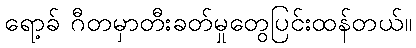
ရော့ခ် ဂီတမှာတီးခတ်မှုတွေပြင်းထန်တယ်။